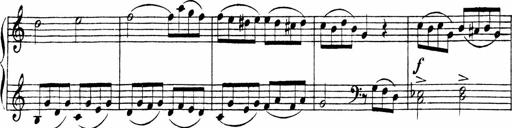
Title: Piano Sonata
Composer: Karl HÃ¤ssler
Key: C major